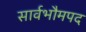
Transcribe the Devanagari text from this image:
सार्वभौमपद